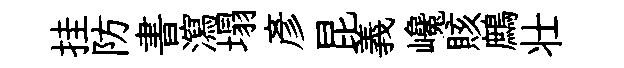
挂防書瀉塌彦昆義巉賅鷓壮